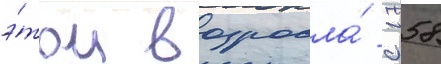
э́том возросла́ с 58